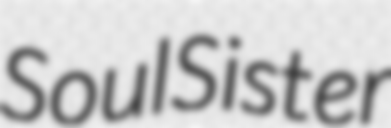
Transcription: Soul Sister